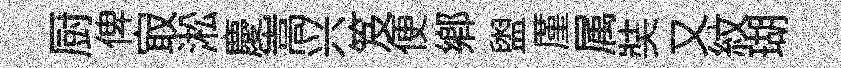
厨俾㝡淞慶嵩兴笈便鄉盥厪属奘又紋瑚